system: You are a helpful assistant.
user:
Analyze the provided spectrum to determine if it is a **"Cataclysmic Variables (CV)"**.

- **Key Indicators for CV (Check for either state):**
    - **State 1: Quiescent / Low-State (Emission-Dominated)**
        - **(Primary):** Strong and *very broad* Hydrogen Balmer emission lines (e.g., $H\alpha$ at 6563 Å, $H\beta$ at 4861 Å). The 'broadness' (high velocity dispersion, often FWHM > 1000 km/s) is the key diagnostic, indicating a high-velocity accretion disk.
        - **(Secondary):** Broad neutral Helium (He I) emission lines (e.g., 5876 Å, 6678 Å).
        - **(Key Confirmation):** Presence of high-excitation *ionized* Helium (He II) emission at 4686 Å. This is a strong indicator of accretion onto a white dwarf.
        - **(Line Profile):** Emission lines may exhibit a 'double-peaked' profile, which is a classic signature of a rotating accretion disk viewed at high inclination.

    - **State 2: Outburst / High-State (Absorption-Dominated)**
        - **(Primary):** Spectrum is dominated by a bright, blue continuum (looks like a hot star).
        - **(Secondary):** The emission lines from State 1 are weak, absent, or 'filled in', and are replaced by broad, shallow *absorption* lines (primarily Balmer and He I).
        - **(Morphology):** The overall spectrum mimics a hot B/A-type star. The crucial difference is that the absorption lines are significantly broader, shallower, and more 'washed-out' (or 'smeared') than the sharp lines of a normal stellar photosphere, due to high rotational speeds and pressure broadening in the disk.

Think first, call **spectral_visualization_tool** if needed to examine features in detail, then provide your final answer. Your response must adhere to the following strict rules:
1.  **Overall Structure:** Your response must follow the format `<think>...</think> <tool_call>...</tool_call> (if a tool is used) <answer>...</answer>`.
2.  **Tool Usage Constraint:** You may only make **one** tool call per turn.
3.  **Final Answer Format:** In the `<answer>` tag, your conclusion must be inside a `\boxed{}` command (e.g., `\boxed{YES}`), followed by your justification.

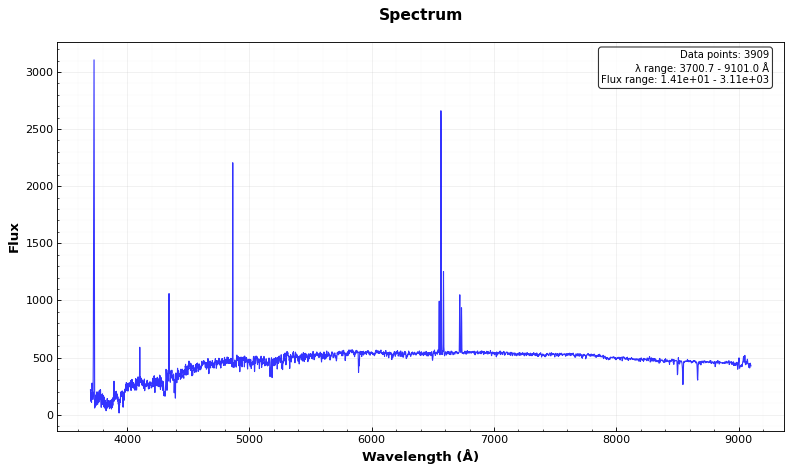
Answer: NO